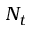
N _ { t }